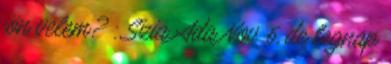
jön velem? : Szia Ada Nov 6, de tegnap